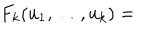
F _ { k } ( u _ { 1 } , \dots , u _ { k } ) =